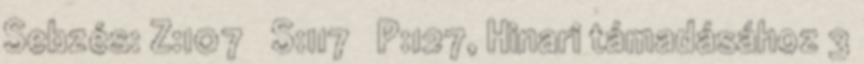
Sebzés: Z:107 S:117 P:127, Hinari támadásához 3